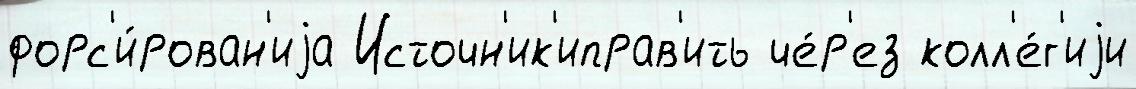
форс'и́рован'иjа Источн'ик'иправ'ить че́р'ез колл'е́г'иjи